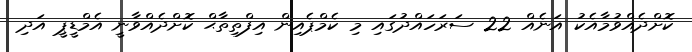
ކޮށްދެއްވުމާއެކު އަނެއް 22 ސަރަހައްދުގައި މި ކެމްޕެއިން އިފްތިތާޙް ކޮށްދެއްވާނީ އެމްޑީޕީ އަދި